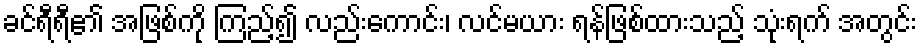
ခင်ရီရီ၏ အဖြစ်ကို ကြည့်၍ လည်းကောင်း၊ လင်မယား ရန်ဖြစ်ထားသည့် သုံးရက် အတွင်း